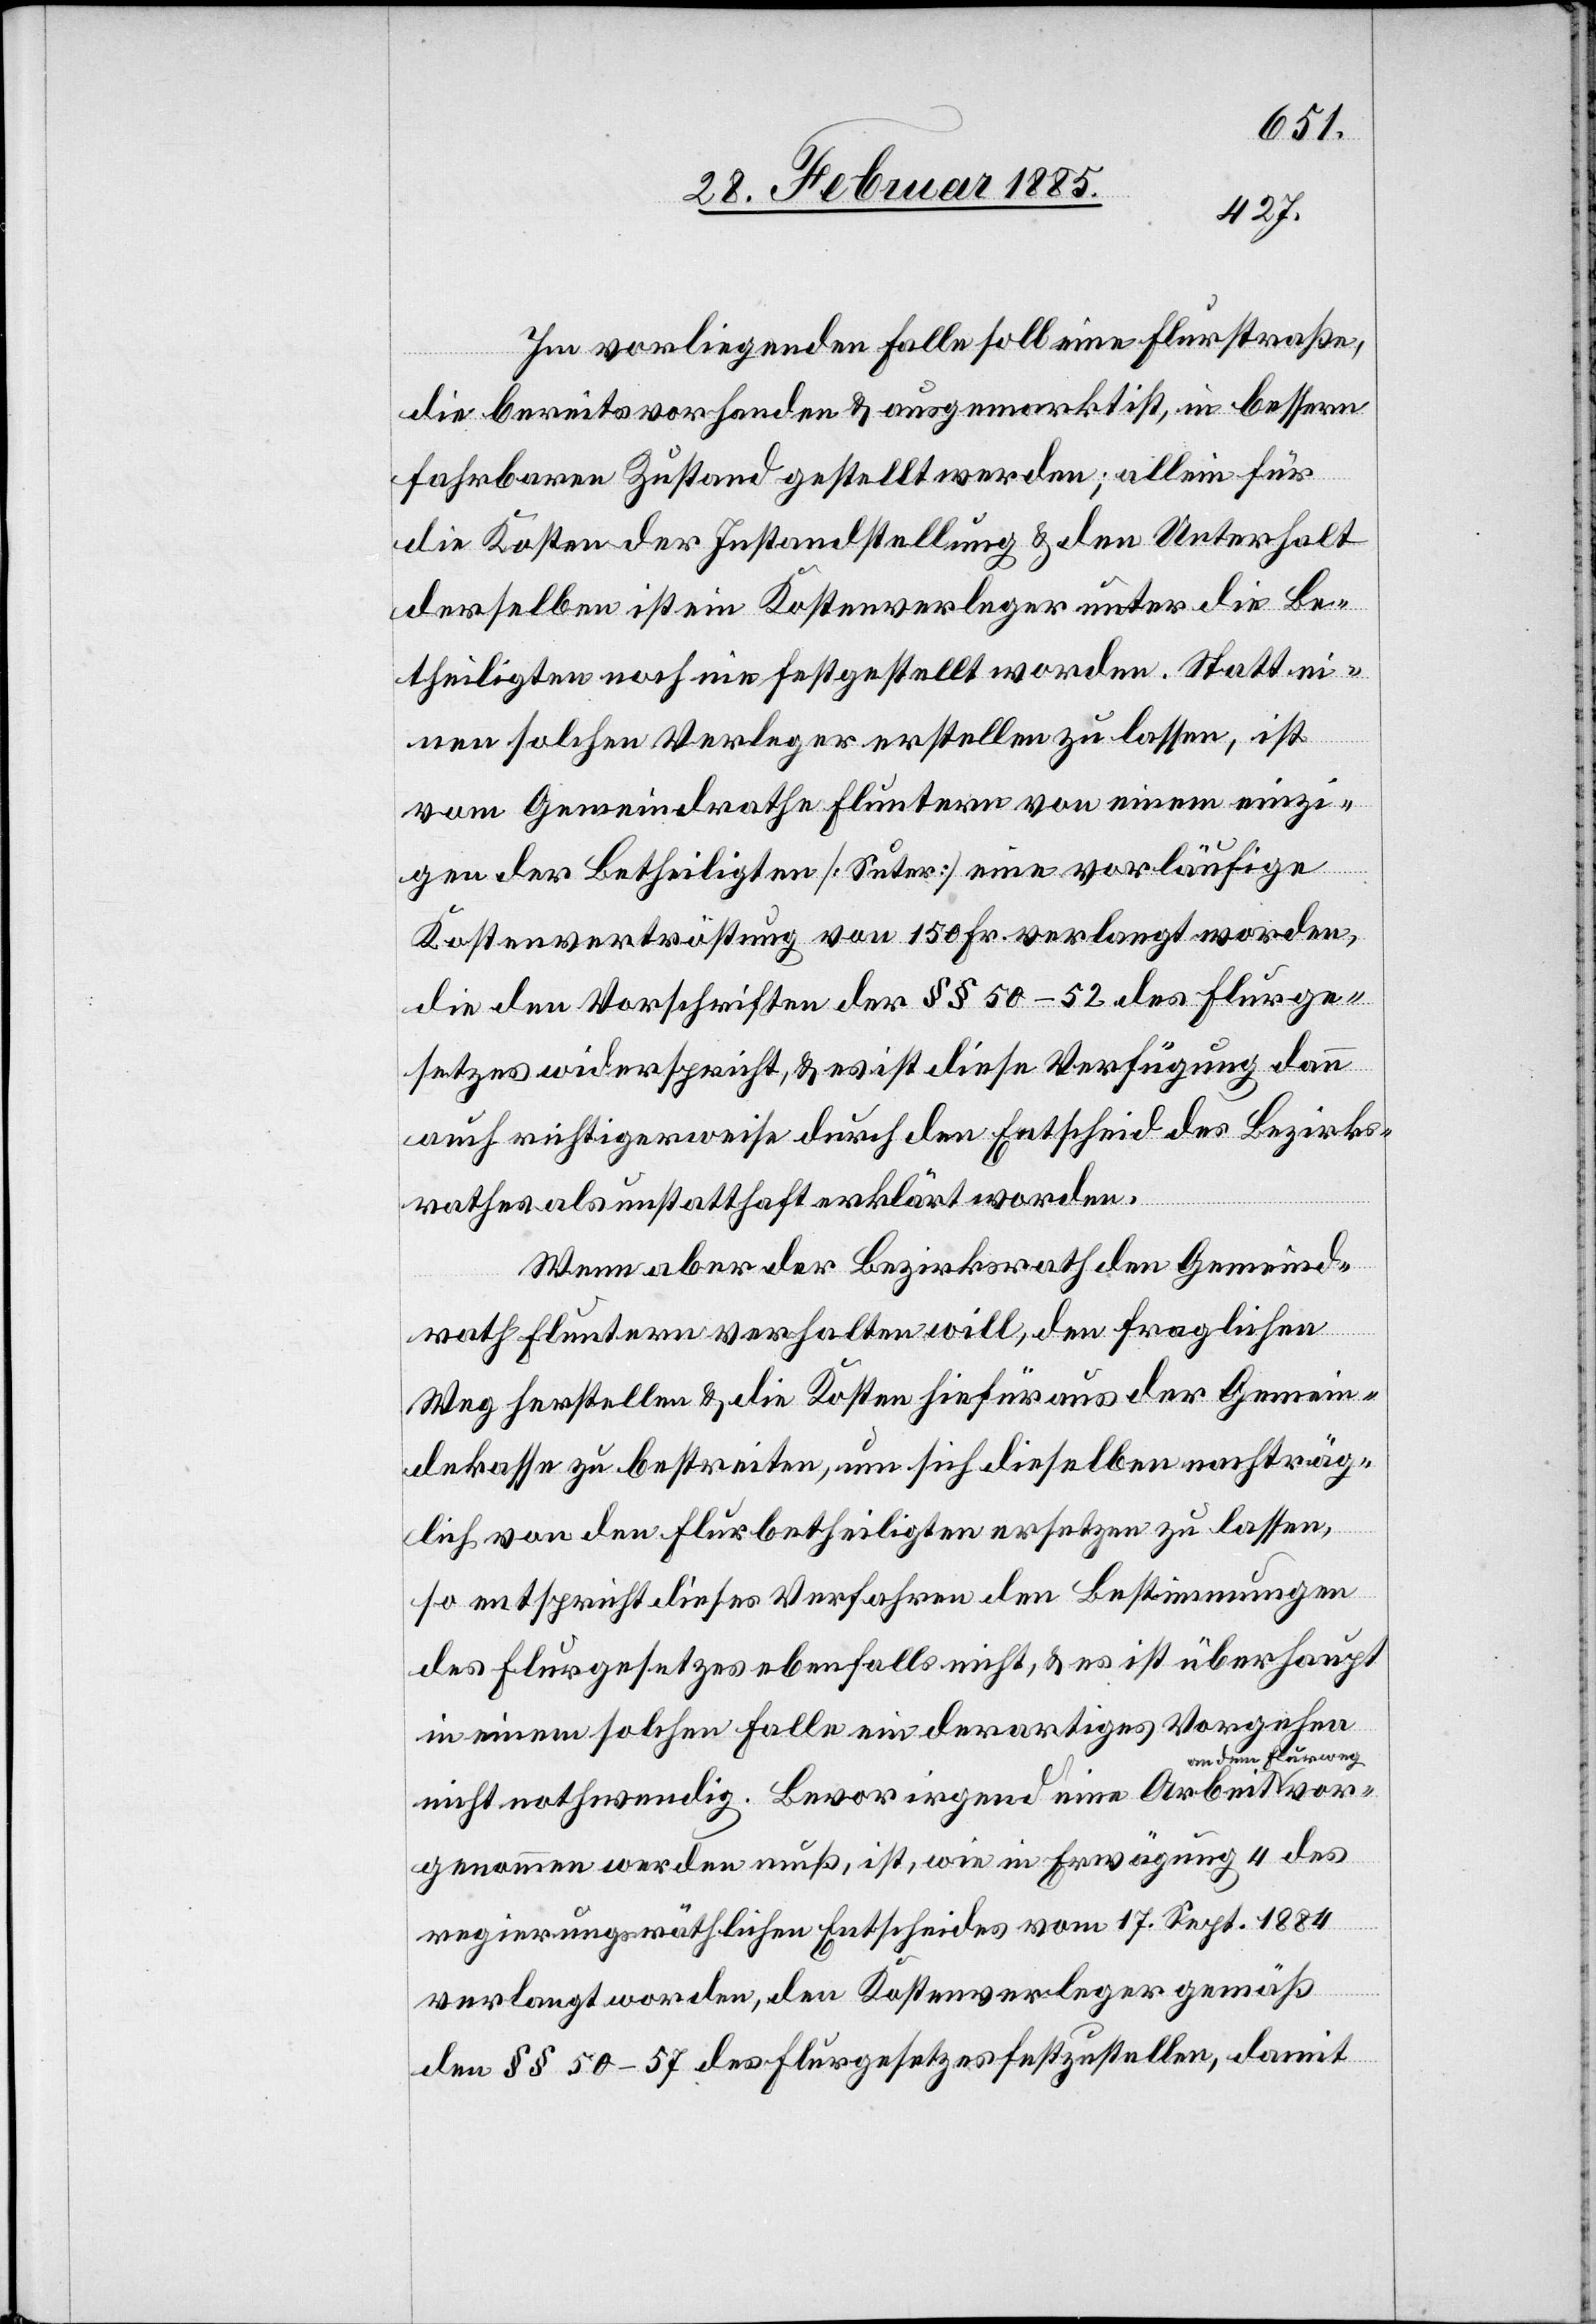
Im vorliegenden Falle soll eine Flurstraße,
die bereits vorhanden & ausgemarkt ist, in bessern
vor¬
fahrbaren Zustand gestellt werden; allein für
die Kosten der Instandstellung & den Unterhalt
derselben ist ein Kostenverleger unter die Be¬
theiligten noch nie festgestellt worden. Statt ei¬
nen solchen Verleger erstellen zu lassen ist
vom Gemeindrathe Fluntern von einem einzi¬
gen der Betheiligten [Suter] eine vorläufige
Kostenvertröstung von 150 Fr. verlangt worden,
die den Vorschriften der §§ 50–52 des Flurge¬
setzes widerspricht, & es ist diese Verfügung dann
auch richtigerweise durch den Entscheid des Bezirks¬
rathes als unstatthaft erklärt worden.
Wenn aber der Bezirksrath den Gemeind¬
rath Fluntern verhalten will, den fraglichen
Weg herstellen & die Kosten hierfür aus der Gemein¬
dekasse zu bestreiten, um sich dieselben nachträg¬
lich von den Flurbetheiligten ersetzen zu lassen,
so entspricht dieses Verfahren den Bestimmungen
des Flurgesetzes ebenfalls nicht, & es ist überhaupt
in einem solchen Falle ein derartiges Vorgehen
a-an dem Flurweg-a
nicht nothwendig. Bevor irgend eine Arbeit
genommen werden muß, ist, wie in Erwägung 4 des
regierungsräthlichen Entscheides vom 17. Sept. 1884
verlangt worden, den Kostenverleger gemäß
den §§ 50–57 des Flurgesetzes festzustellen, damit